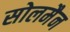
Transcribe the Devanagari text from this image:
सोलमैन